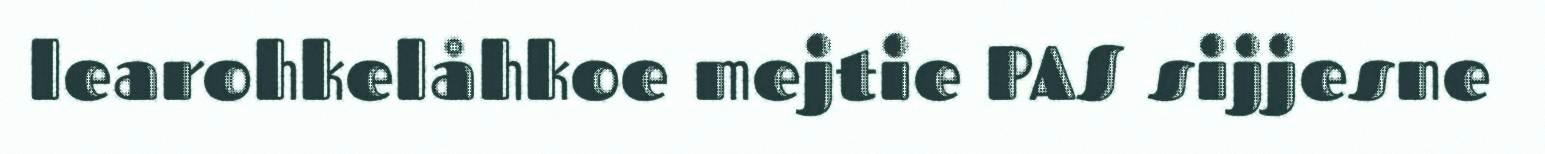
learohkelåhkoe mejtie PAS sijjesne